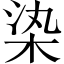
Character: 𣑱